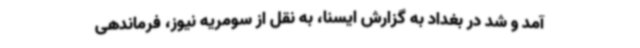
آمد و شد در بغداد به گزارش ایسنا، به نقل از سومریه نیوز، فرماندهی